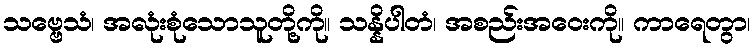
သဗ္ဗေသံ၊ အလုံးစုံသောသူတို့ကို။ သန္နိပါတံ၊ အစည်းအဝေးကို။ ကာရေတွာ၊